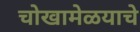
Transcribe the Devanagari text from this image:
चोखामेळयाचे